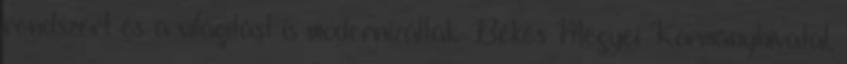
rendszert és a világítást is modernizálták. Békés Megyei Kormányhivatal,